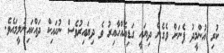
ކުރި އުންމީދު ފެނަށް ވެގެން ދިޔައީ ގަޑިއެއްހާއިރު ވެ ދިޔައިރުވެސް ނުހައިކް ދައްކައިނުލީމައެވެ.